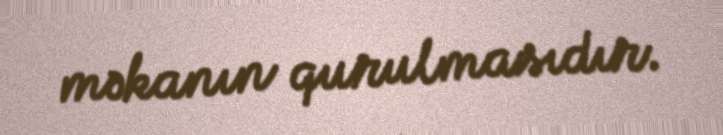
məkanın qurulmasıdır.